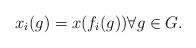
LaTeX: \begin{align*} x_i(g) = x( f_i(g)) \forall g \in G.\end{align*}